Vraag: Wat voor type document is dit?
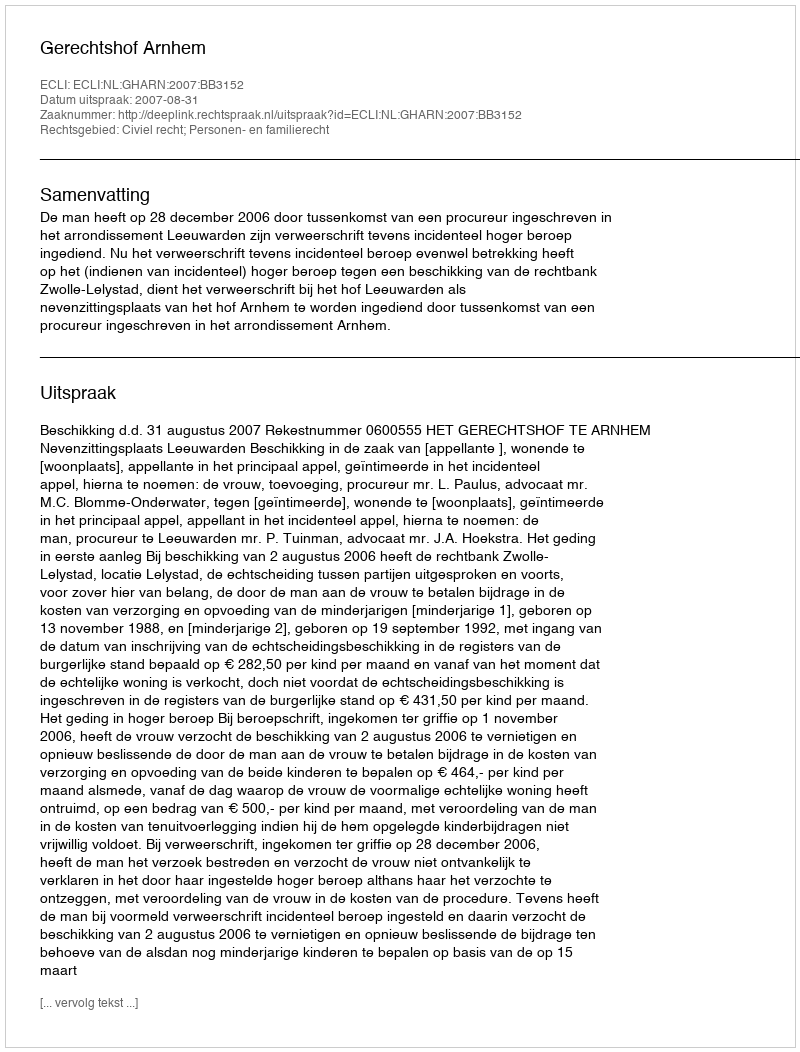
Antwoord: Uitspraak